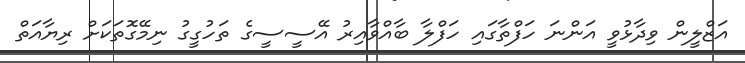
އަޒްލީން ވިދާޅުވީ އަންނަ ހަފްތާގައި ހަފްލާ ބާއްވާއިރު އޭސީސީގެ ތަހުގީގު ނިމޭގޮތަކަށް ރިޔާއަތް